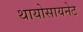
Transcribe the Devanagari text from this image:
थायोसायनेट